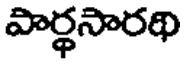
పార్థసారథి